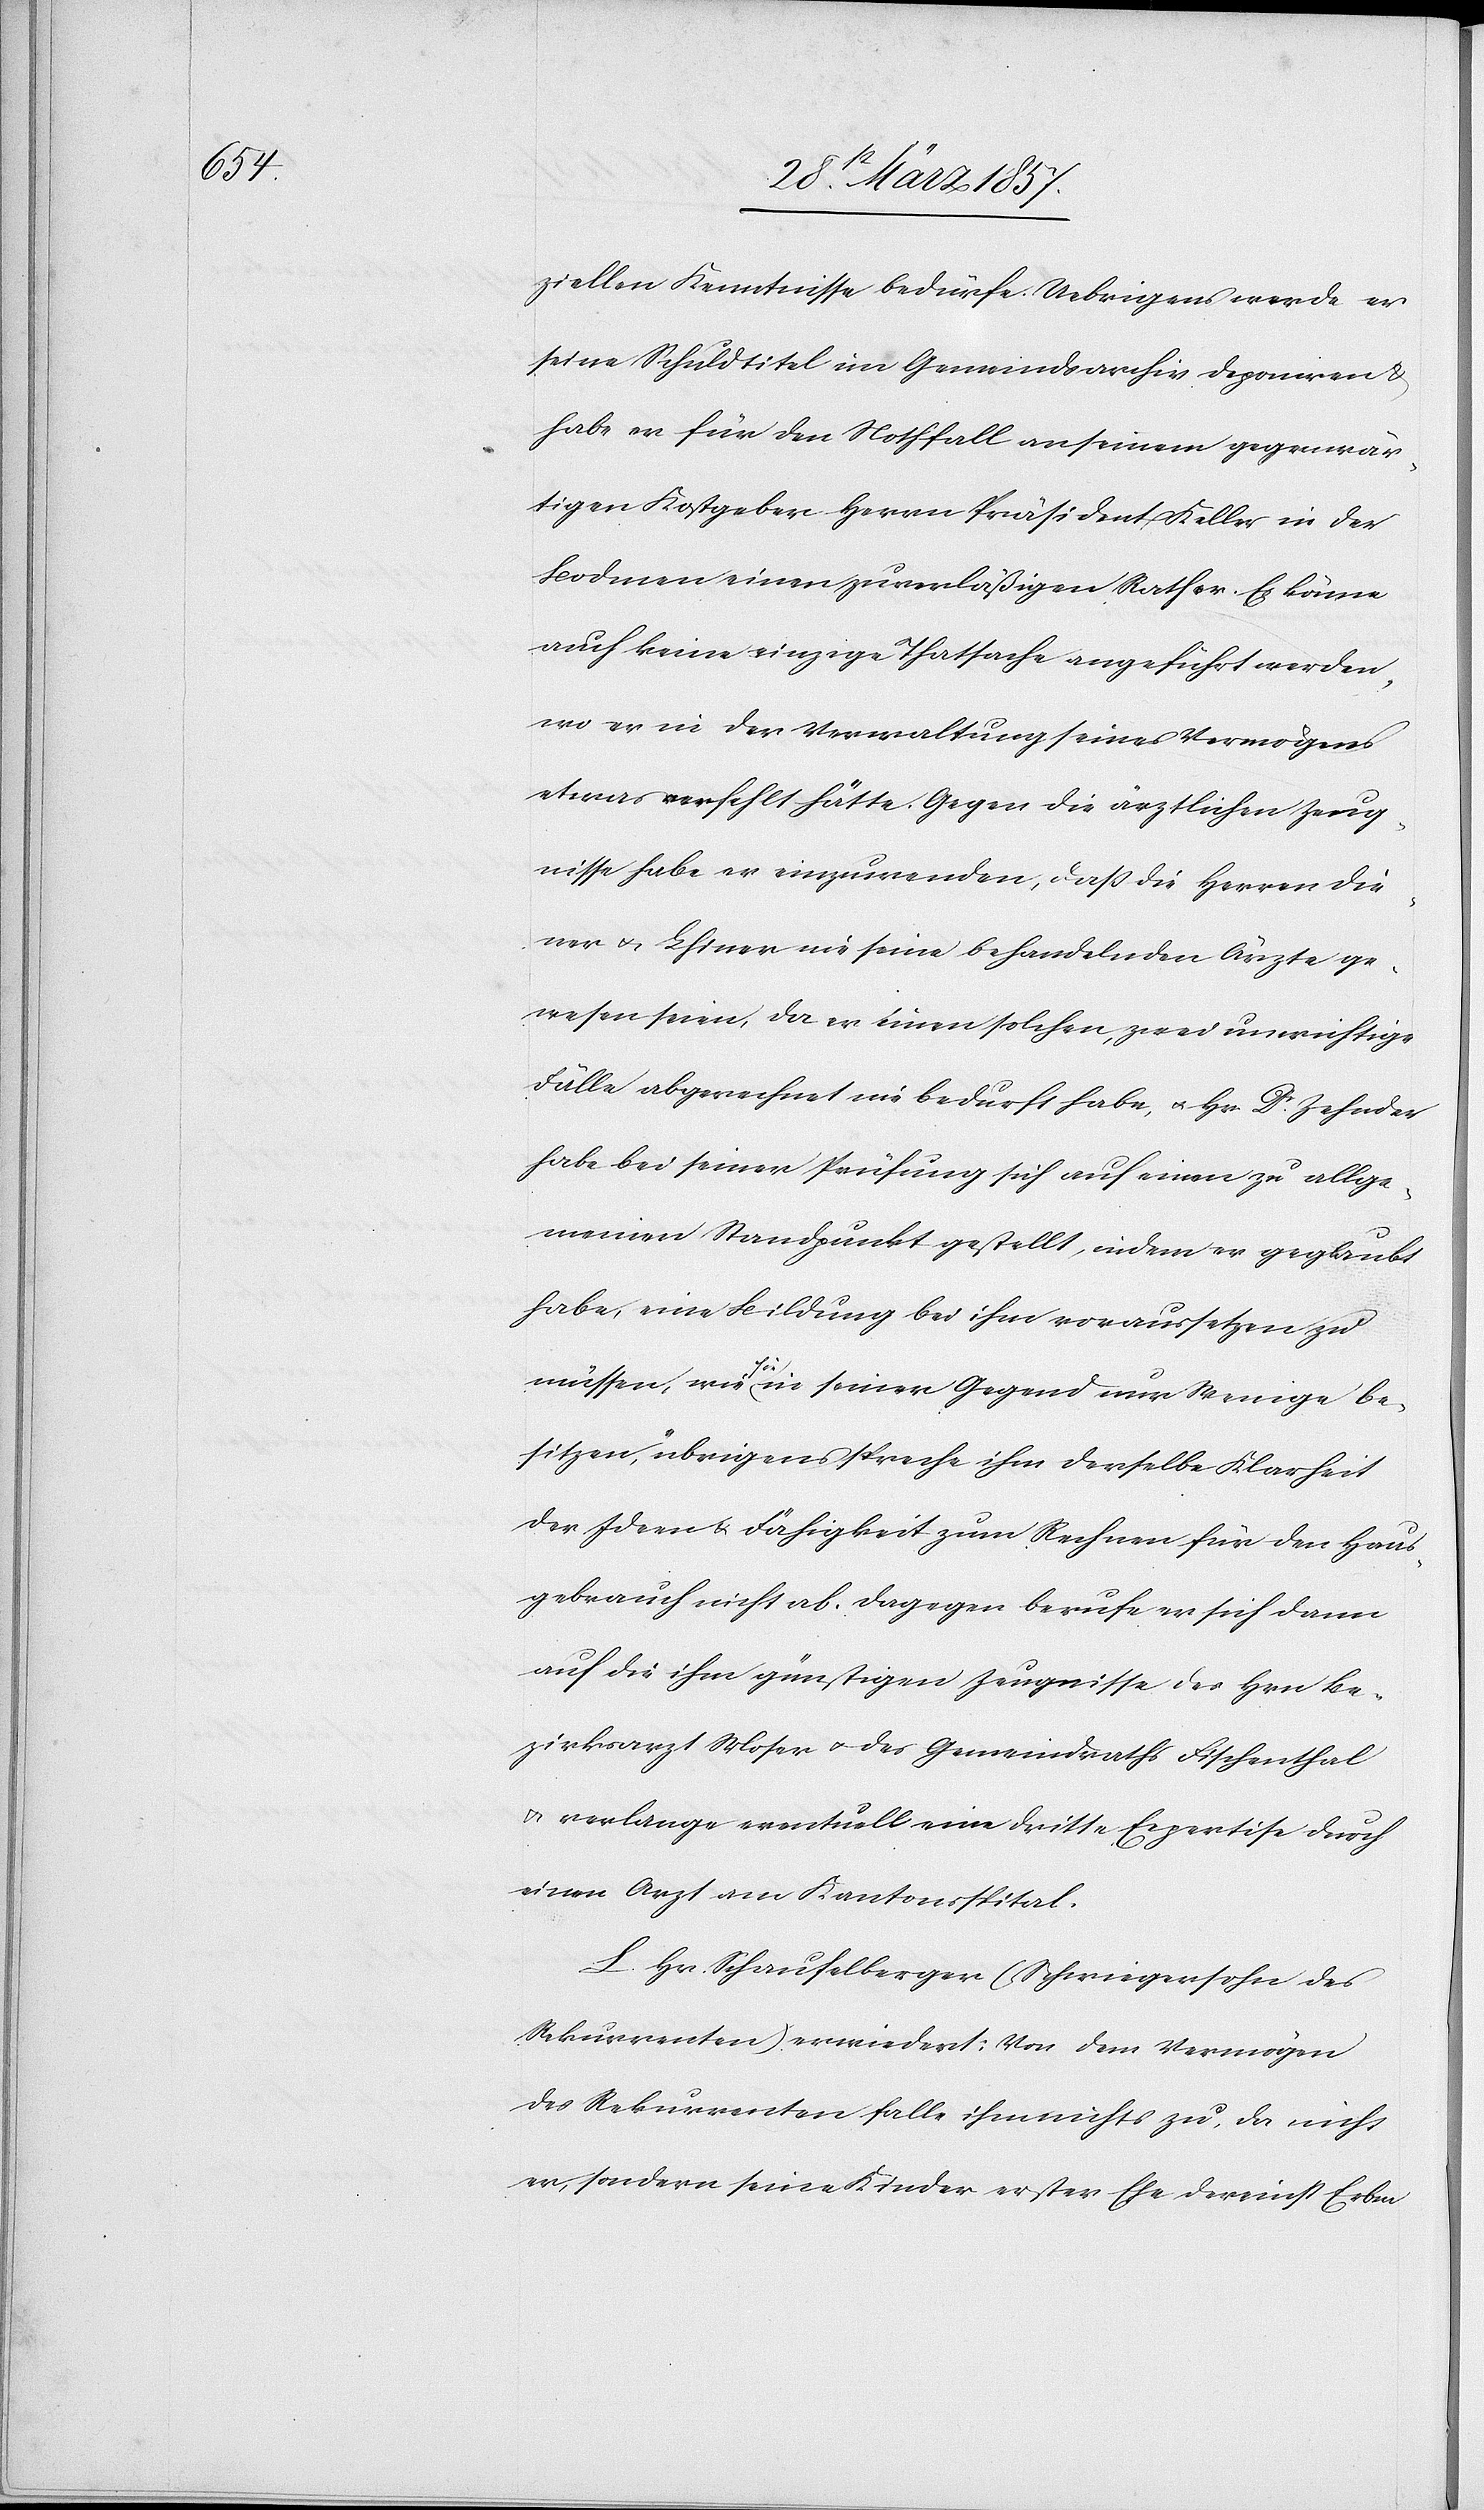
ziellen Kenntnisse bedürfe. Uebrigens werde er
seine Schuldtitel im Gemeindsarchiv deponiren &
habe er für den Nothfall an seinem gegenwär¬
tigen Kostgeber Herrn Präsident Keller in der
Bodmen einen zuverläßigen Rather. Es könne
auch keine einzige Thatsache angeführt werden,
wo er in der Verwaltung seines Vermögens
etwas verfehlt hätte. Gegen die ärztlichen Zeug¬
nisse habe er einzuwenden, daß die Herren Die¬
ner u. Lhiner nie seine behandelnden Ärzte ge¬
wesen seien, da er einen solchen, zwei unwichtige
Fälle abgerechnet nie bedurft habe, u. Hr. Dr Zehnder
habe bei seiner Prüfung sich auf einen zu allge¬
meinen Standpunkt gestellt, indem er geglaubt
habe, eine Bildung bei ihm voraussetzen zu
müssen, wie sie in seiner Gegend nur Wenige be¬
sitzen, übrigens spreche ihm derselbe Klarheit
der Ideen u. Fähigkeit zum Rechnen für den Haus¬
gebrauch nicht ab. Dagegen berufe er sich dann
auf die ihm günstigen Zeugnisse des Hrn Be¬
zirksarzt Moser u. des Gemeindraths Fischenthal
u. verlange eventuell eine dritte Expertise durch
einen Arzt am Kantonsspital.
L. Hr. Schaufelberger (Schwiegersohn des
Rekurrenten) erwiedert; Von dem Vermögen
des Rekurrenten falle ihm nichts zu, da nicht
er, sondern seine Kinder erster Ehe dereinst Erben